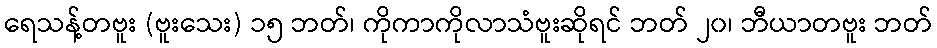
ရေသန့်တဗူး (ဗူးသေး) ၁၅ ဘတ်၊ ကိုကာကိုလာသံဗူးဆိုရင် ဘတ် ၂၀၊ ဘီယာတဗူး ဘတ်